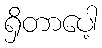
ရှိတာပေါ့